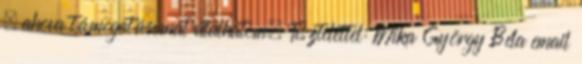
, ahova támogatásomat utalhatom. Tisztelettel: Mika György Béla email